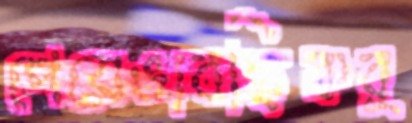
পেয়েভাবছিকর্